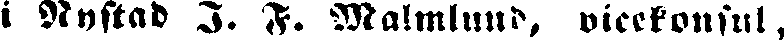
i Nystad I. F. Malmlund, vicekonsul,